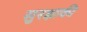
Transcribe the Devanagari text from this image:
सुरक्षाकी